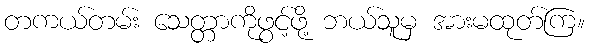
တကယ်တမ်း သေတ္တာကိုဖွင့်ဖို့ ဘယ်သူမှ အားမထုတ်ကြ။